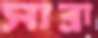
সাব্রা